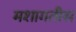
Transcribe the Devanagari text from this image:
मशागतीस